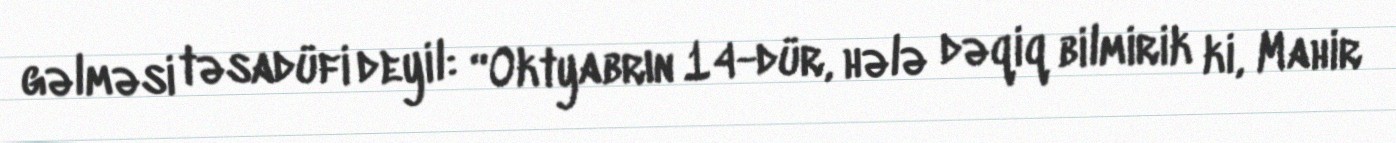
gəlməsi təsadüfi deyil: “Oktyabrın 14-dür, hələ dəqiq bilmirik ki, Mahir